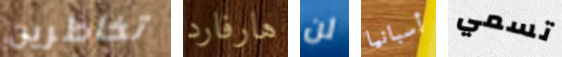
تخاطرين هارفارد لن أسبانيا تسمي